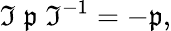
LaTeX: {\mathfrak{I}}\; {\mathfrak{p}}\; {\mathfrak{I}}^{-1}=-{\mathfrak{p}},